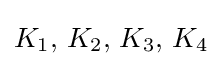
K_{1},\,K_{2},\,K_{3},\,K_{4}